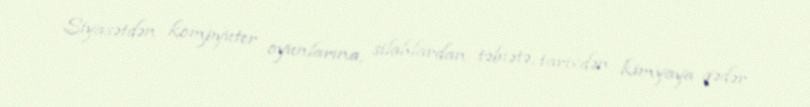
Siyasətdən kompyuter oyunlarına, silahlardan təbiətə, tarixdən kimyaya qədər